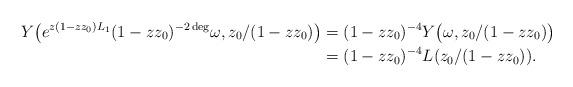
LaTeX: \begin{align*} Y\bigl(e^{z(1-zz_0)L_{1}}(1-zz_0)^{-2\deg}\omega,z_0/(1-zz_0)\bigr) &=(1-zz_0)^{-4}Y\bigl(\omega,z_0/(1-zz_0)\bigr)\\ &=(1-zz_0)^{-4}L(z_0/(1-zz_0)).\end{align*}